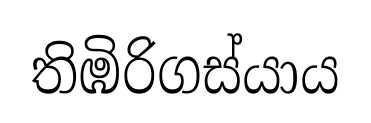
තිඹිරිගස්යාය